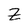
Character: Z